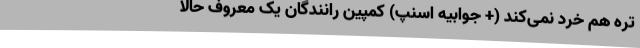
تره هم خُرد نمی‌‌کند (+ جوابیه اسنپ) کمپین رانندگان یک معروف حالا